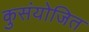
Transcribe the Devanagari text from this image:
कुसंयोजित